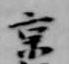
京